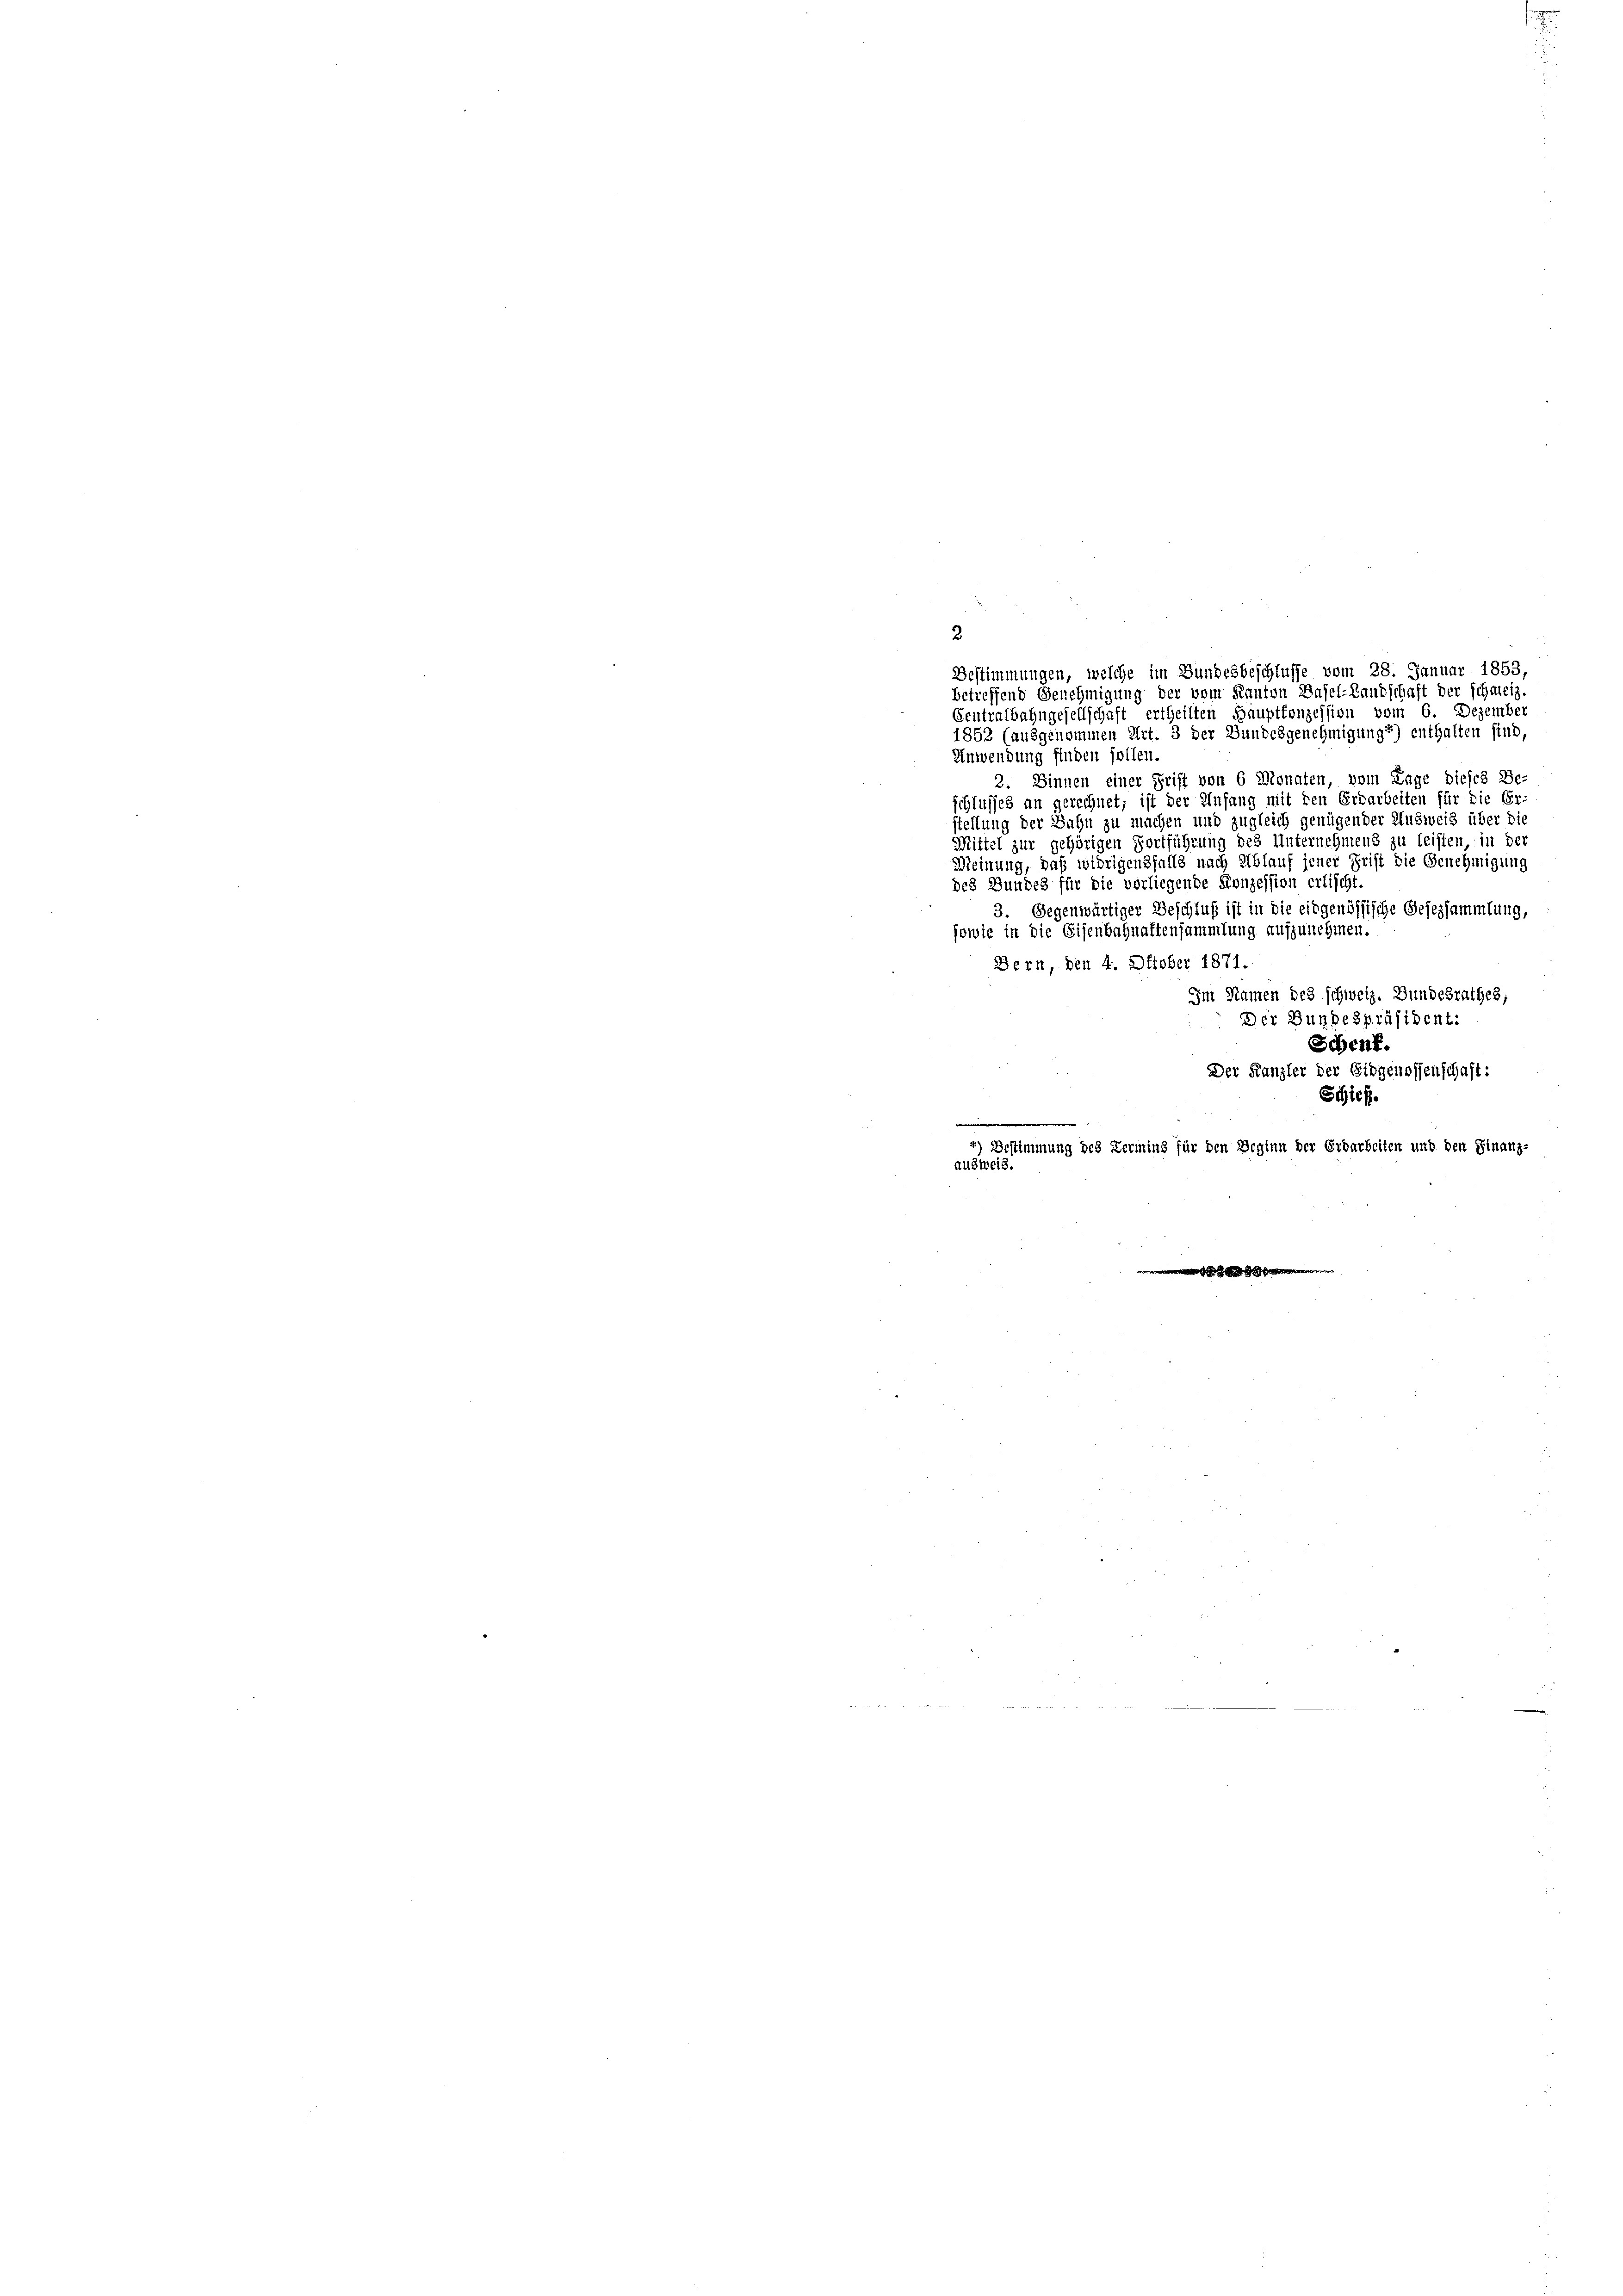
2

Centralbahngesellschaft ertheilten Haupttonzession vom 6. Dezember
1852 (ausgenommen Art. 3 der Dundchgenehmigung 2) enthalten sind,
Anwendung finden sollen
2. Dinnen einer Frist von 6 Monaten, vom Lage dieses Be
schlusses an gerechnet, ist der Anfang mit den Erdarbeiten für die Er-
stellung der Bahn zu machen und zugleich genügender Ausweis über die
Mittel zur gehörigen Fortführung des Unternehmens zu leisten in der
Meinung, daß widrigensfalls nach Ablauf jener Frist die Genehmigung
des Bundes für die vorliegende Konzession erlischt.
3. Gegenwärtiger Beschluß ist in die eidgenössische Gesezsammlung,
sowie in die Eisenbahnaftensammlung aufzunehmen.
Bern, den 4. Oktober 1871.
Im Namen des schweiz. Bundesrathes,
Der Bundespräsident:
Schenf.
Der Kanzler der Eidgenossenschaft:
Schief
e
4) Bestimmung des Vermins für den Beginn der Erdarbeiten und den Finanz-
ausweis.

Bestimmungen, welche im Bundesbeschlusse vom 28. Januar 1853,
betreffend Genehmigung der vom Kanton Basel-Landschaft der schweiz.